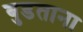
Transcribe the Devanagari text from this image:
बुडताना